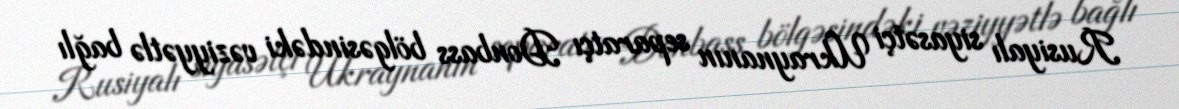
Rusiyalı siyasətçi Ukraynanın separatçı Donbass bölgəsindəki vəziyyətlə bağlı